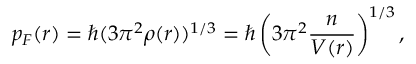
p _ { F } ( r ) = \hbar ( 3 \pi ^ { 2 } \rho ( r ) ) ^ { 1 / 3 } = \hbar \left( 3 \pi ^ { 2 } \frac { n } { V ( r ) } \right) ^ { 1 / 3 } ,